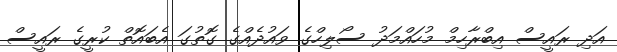
އަދި ރައީސް އިބްރާހިމް މުހައްމަދު ސޯލިހްގެ ވައުދެއްގެ ގޮތުގަ އެބައޮތް ކުރީގެ ރައީސް